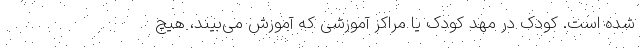
شده است. کودک در مهد کودک یا مراکز آموزشی که آموزش می‌بیند،‌ هیچ